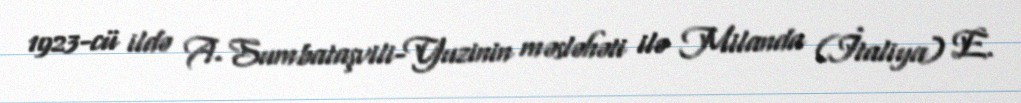
1923-cü ildə A. Sumbataşvili-Yuzinin məsləhəti ilə Milanda (İtaliya) E.